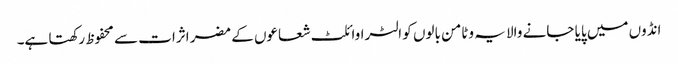
انڈوں میں پایا جانے والا یہ وٹامن بالوں کو الٹراوائلٹ شعاعوں کے مضر اثرات سے محفوظ رکھتا ہے۔